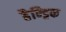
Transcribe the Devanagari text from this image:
हैन्ड्रिक